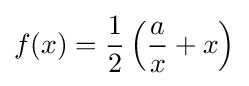
f(x)={\frac {1}{2}}\left({\frac {a}{x}}+x\right)